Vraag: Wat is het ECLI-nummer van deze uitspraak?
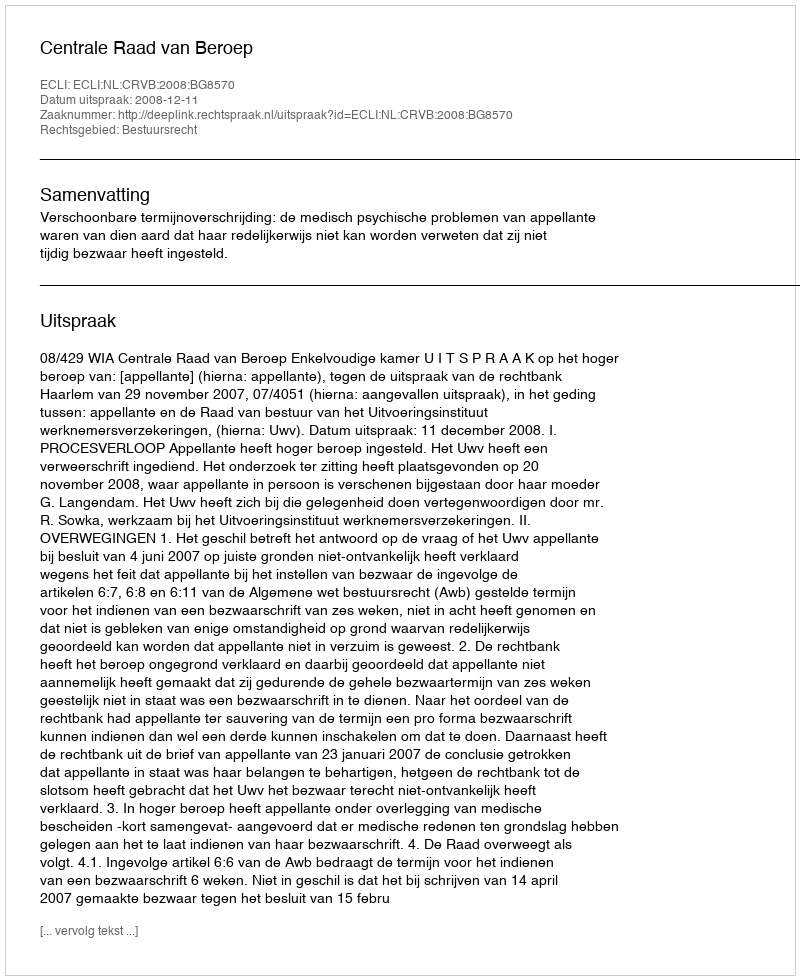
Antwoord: ECLI:NL:CRVB:2008:BG8570